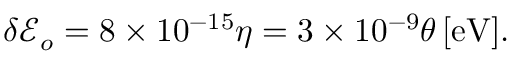
\begin{array} { r } { \delta { \ensuremath { \mathcal E } } _ { o } = 8 \times 1 0 ^ { - 1 5 } \eta = 3 \times 1 0 ^ { - 9 } \theta \ensuremath { \, \mathrm { [ e V ] } } . } \end{array}